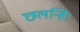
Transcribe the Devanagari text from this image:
छलन्हि।